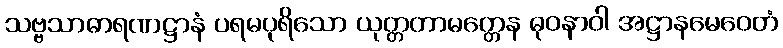
သဗ္ဗသာဓာရဏဋ္ဌာနံ ပရမပုရိသော ယုတ္တတာမတ္တေန ဓုဝနာဝါ အဋ္ဌာနမေဝေတံ